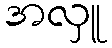
အလှူ